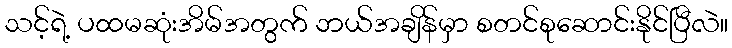
သင့်ရဲ့ ပထမဆုံးအိမ်အတွက် ဘယ်အချိန်မှာ စတင်စုဆောင်းနိုင်ပြီလဲ။